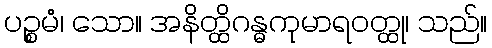
ပဉ္စမံ၊ သော။ အနိတ္ထိဂန္ဓကုမာရဝတ္ထု၊ သည်။